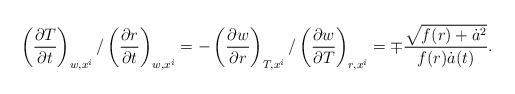
LaTeX: \begin{align*}\left(\frac{\partial T}{\partial t}\right)_{w,x^i}/\left(\frac{\partial r}{\partial t}\right)_{w,x^i} = - \left(\frac{\partial w}{\partial r}\right)_{T,x^i}/\left(\frac{\partial w}{\partial T}\right)_{r,x^i} = \mp\frac{\sqrt{f(r)+\dot{a}^2}}{f(r)\dot{a}(t)}.\end{align*}